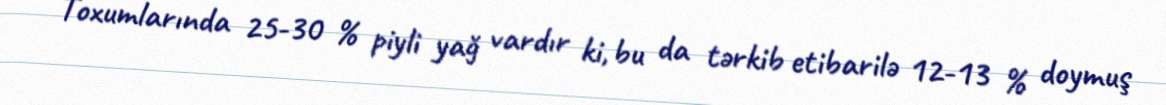
Toxumlarında 25-30 % piyli yağ vardır ki, bu da tərkib etibarilə 12-13 % doymuş